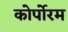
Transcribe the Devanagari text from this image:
कोर्पोरम